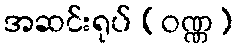
အဆင်းရုပ် (ဝဏ္ဏ)